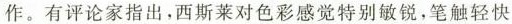
作。有评论家指出，西斯莱对色彩感觉特别敏锐，笔触轻快